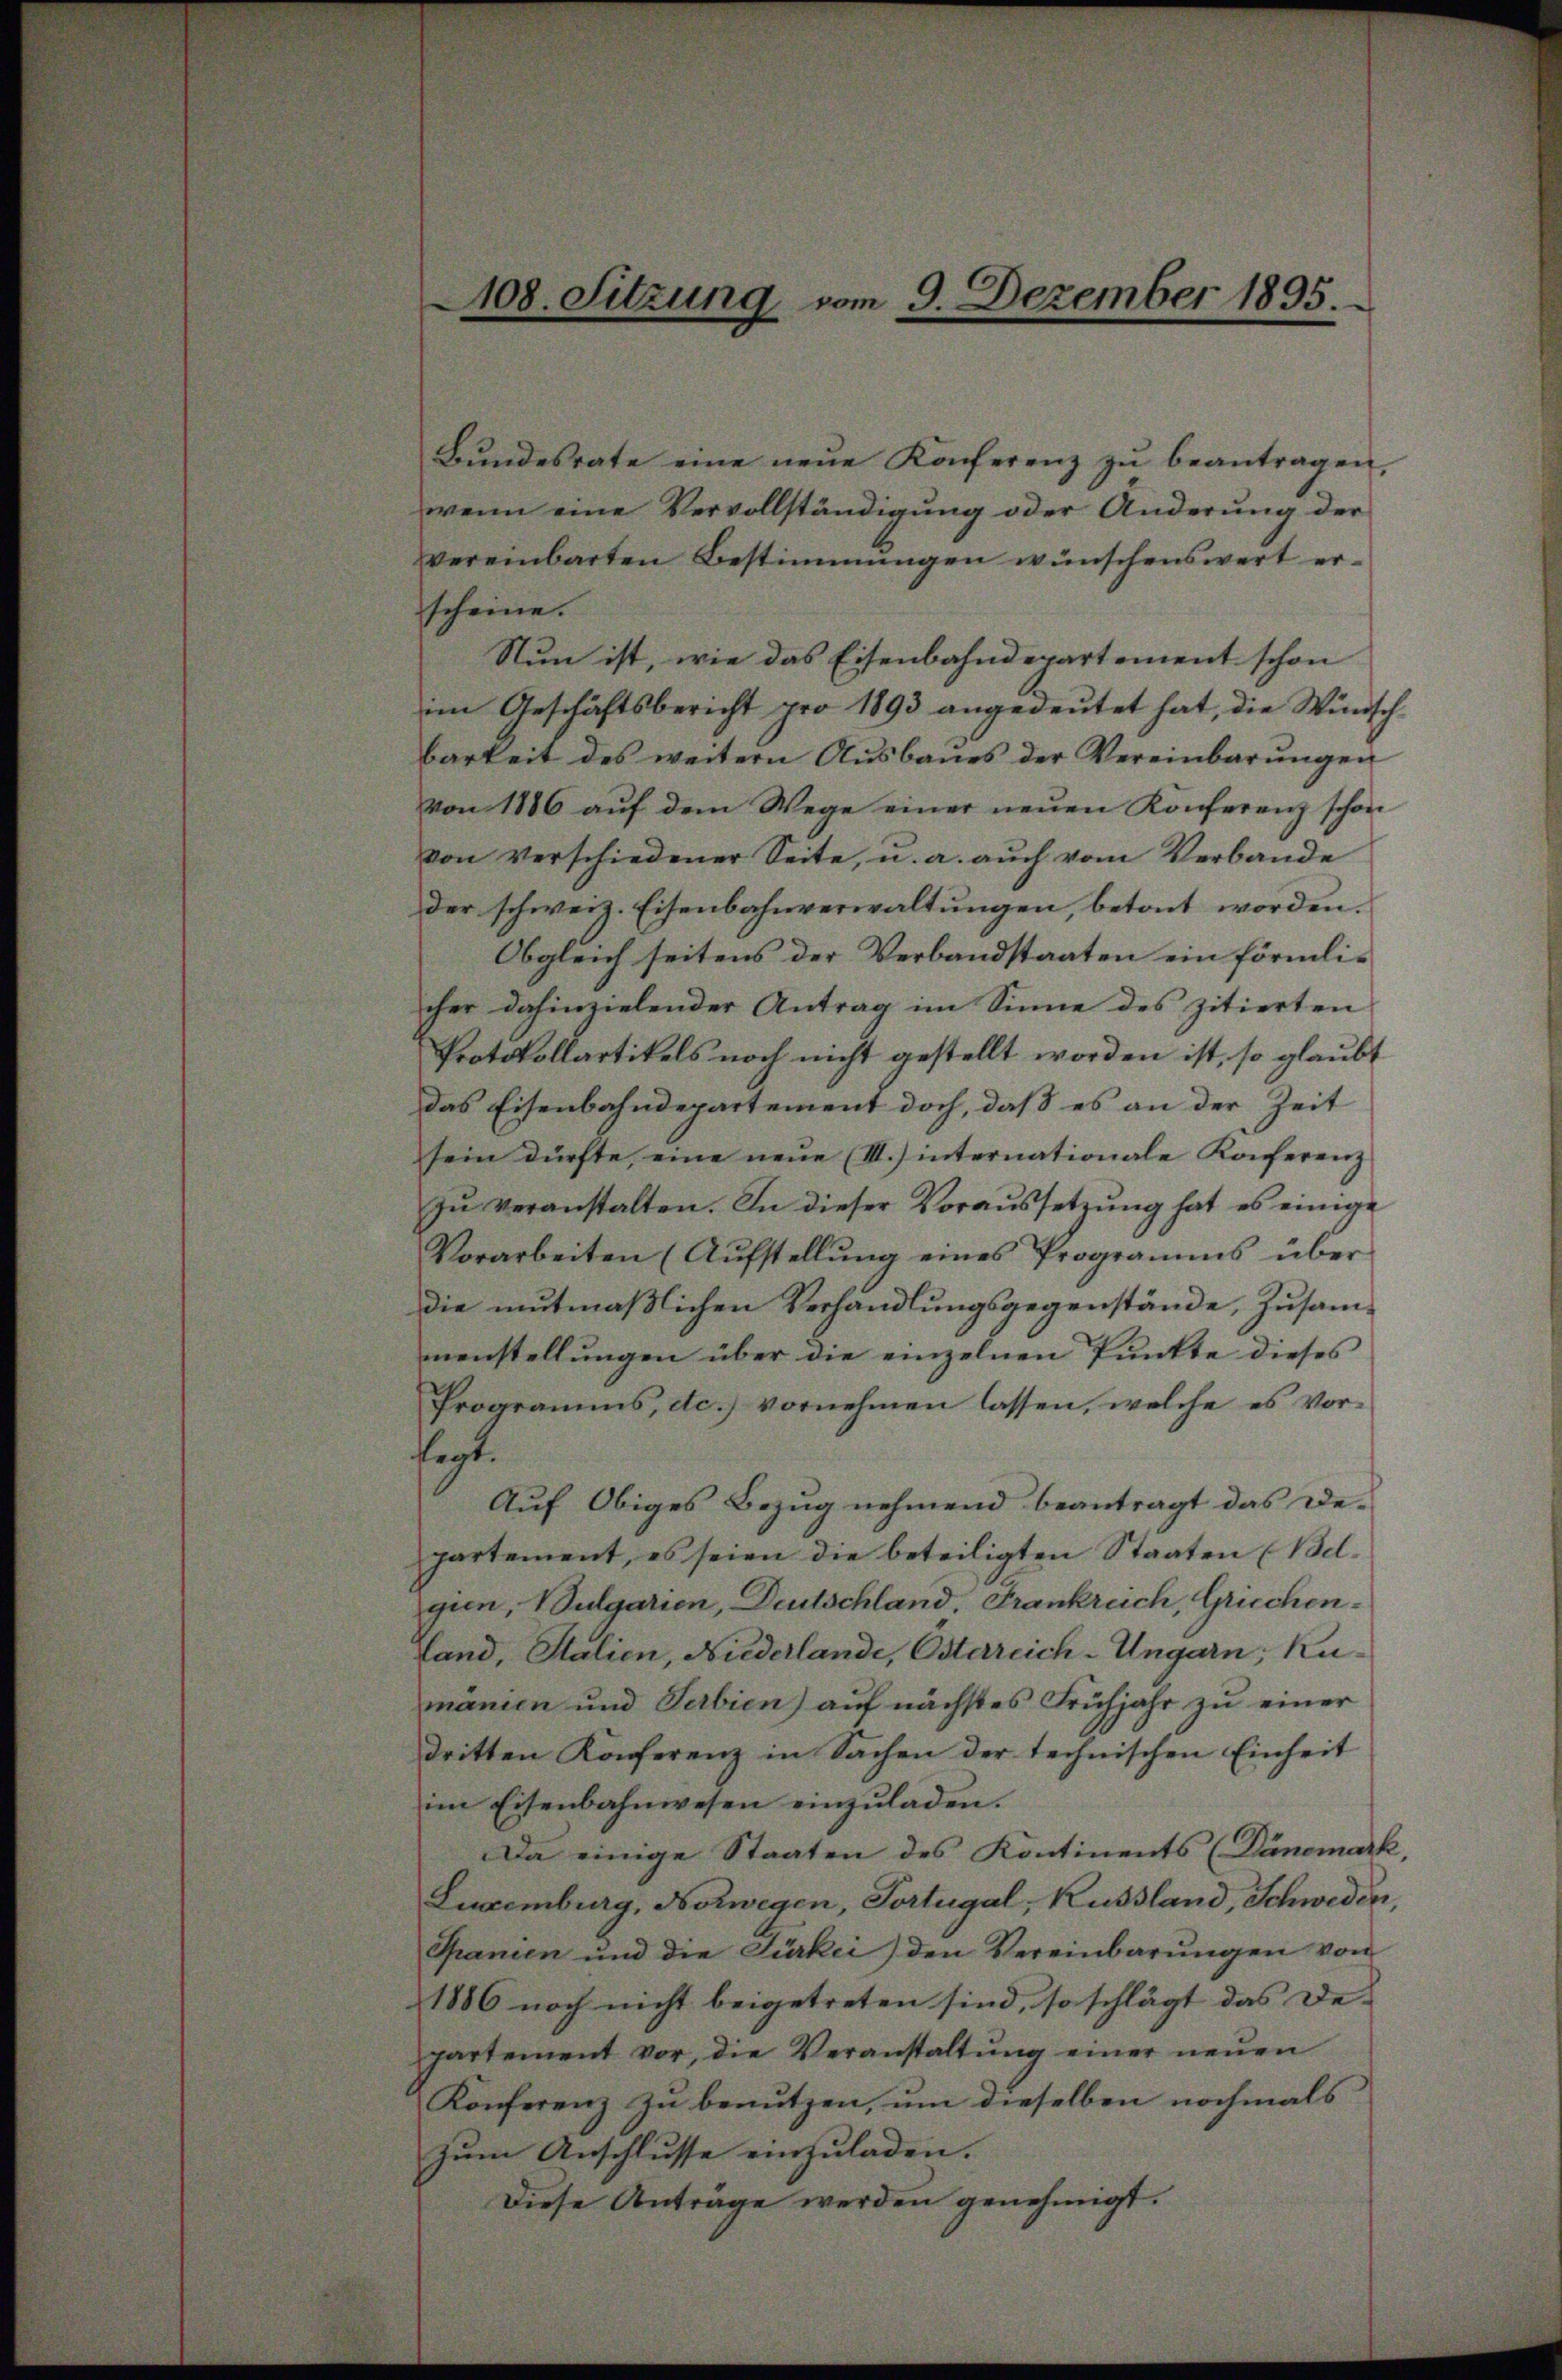
108. Sitzung vom 9. Dezember 1895.

Bŭndesrate eine neŭe Konferenz zŭ beantragen,
wenn eine Vervollständigung oder Änderung der
vereinbarten Bestimmungen wünschenswert er-
scheine.
Nun ist, wie das Eisenbahndepartement schon
im Geschäftsbericht pro 1893 angedeŭtet hat, die Wünsch
barkeit des weitern Ausbaues der Vereinbarŭngen
von 1886 aŭf dem Wege einer neŭen Konferenz schon
von verschiedener Seite, u. a. aŭch vom Verbande
der schweiz. Eisenbahnverwaltungen, betont worden.
Obgleich seitens der Verbandstaaten ein förmlis
cher dahinzielender Antrag im Sinne des zitierten
Protokollartikels noch nicht gestellt worden ist, so glaubt
Das Eisenbahndepartement doch, daß es an der Zeit
sein dürfte, eine neue (II.) internationale Konferenz
zŭ veranstalten. In dieser Voraussetzŭng hat es einige
Vorarbeiten (Aufstellung eines Programms über
die mutmaßlichen Verhandlungsgegenstände, Zusammenstellŭngen über die einzelnen Punkte dieses
Programms, etc.) vornehmen lassen, welche es vorsegt.
Auf Obiges Bezug nehmend beantragt das De-
partement, es seien die beteiligten Staaten (Bd.
gien, Bulgarien, Deutschland, Frankreich, Griechen¬
Land, Stalien, Niederlande, Osterreich-Ungarn, Kumanien und Serbien) aŭf nächstes Frühjahr zŭ einer
dritten Konferenz in Sachen der technischen Einheit
im Eisenbahnwesen einzuladen.
Da einige Staaten des Kontinents (Dänemark,
Luxenburg, Notwegen, Portugal, Russland, Schweder,
Spanien und die Türkei) den Vereinbarŭngen von
1886 noch nicht beigetreten sind, so schlägt das De-
partement vor, die Veranstaltŭng einer neŭen
Konferenz zu benutzen, um dieselben nochmals
zum Anschlusse einzuladen.
Diese Anträge werden genehmigt.